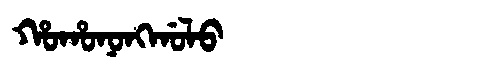
Manchu: ᡥᠣᡥᠣᠨᠣᠩᡤᠣᠯᠣ
Romanization: HOHONONGGOLO